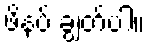
ဖိနပ် ချွတ်ပါ။